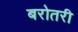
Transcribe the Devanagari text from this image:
बरोतरी